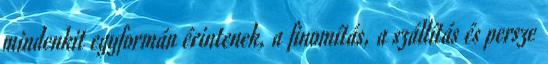
mindenkit egyformán érintenek, a finomítás, a szállítás és persze